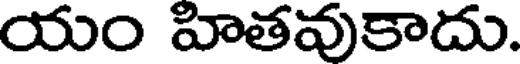
యం హితవుకాదు.